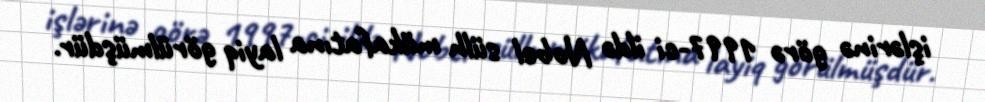
işlərinə görə 1997-ci ildə Nobel sülh mükafatına layiq görülmüşdür.